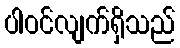
ပါဝင်လျက်ရှိသည်